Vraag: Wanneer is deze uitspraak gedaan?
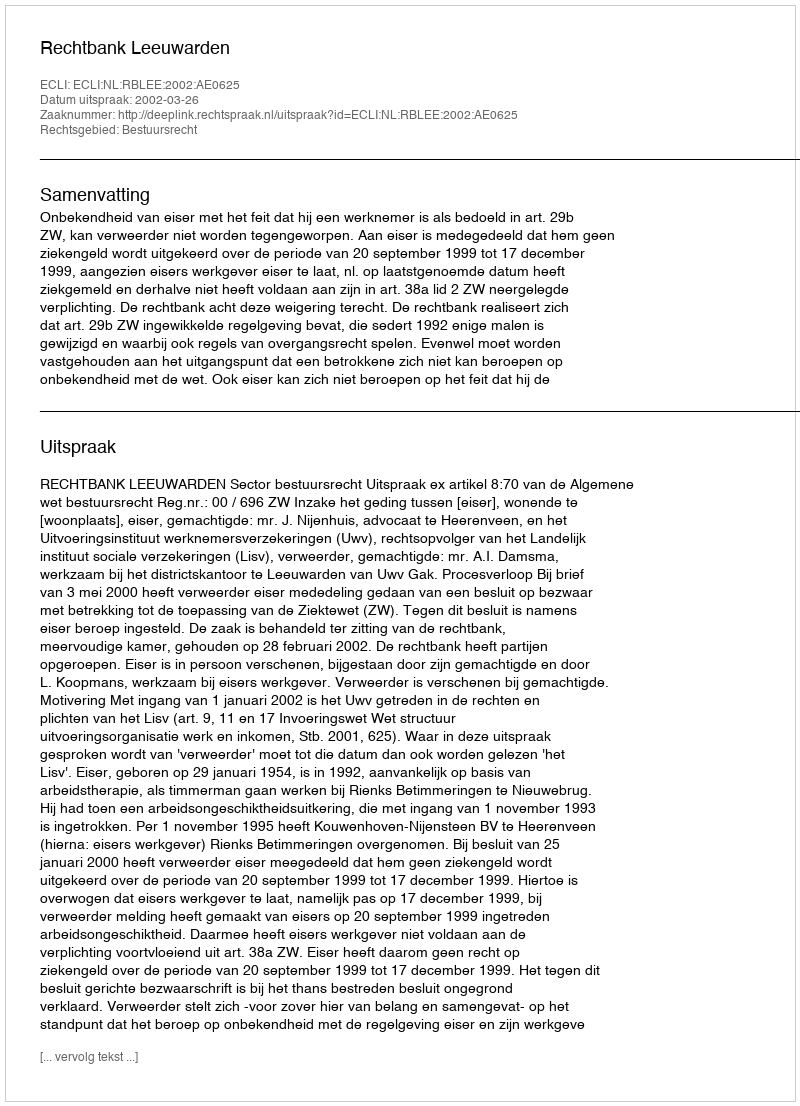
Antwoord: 2002-03-26